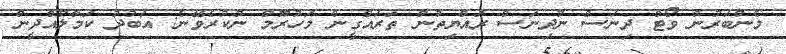
މެންބަރުން ވޯޓް ދިނަސް ނުދިނަސް ރައްޔިތުން ތަަރައްގީން މަހުރޫމް ނުކުރެވޭނެ: އަބުދު ކަމާލުއްދީން